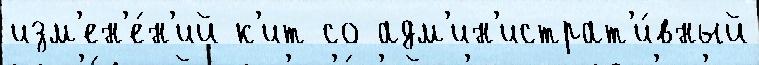
изм'ен'е́н'ий к'ит со адм'ин'истрат'и́вный